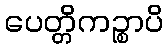
ပေတ္တိကဉ္စာပိ